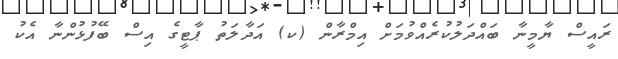
ރައީސް ޔާމީނާ ބައްދަލުކުރެއްވުމަށް އިމްރާން (ކ) އަދާލަތު ޕާޓީގެ އިސް ބޭފުޅުންނާ އެކު